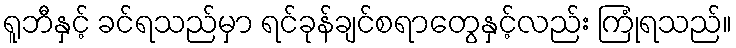
ရူဘီနှင့် ခင်ရသည်မှာ ရင်ခုန်ချင်စရာတွေနှင့်လည်း ကြုံရသည်။